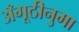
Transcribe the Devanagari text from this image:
अँगूठीनुमा